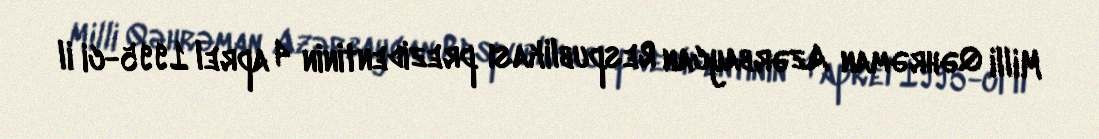
Milli Qəhrəman Azərbaycan Respublikası prezidentinin 4 aprel 1995-ci il